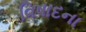
વિષાદના